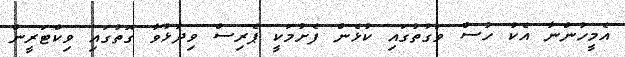
އެމީހުންނާ އެކު ހުސް ވަގުތުގައި ކުޅެން ފެށުމަކީ ޕެރިސް ވިދާޅުވާ ގޮތުގައި ވިކްޓަރީން